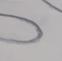
Signature authenticity: forged